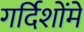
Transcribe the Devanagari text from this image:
गर्दिशोंमें